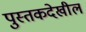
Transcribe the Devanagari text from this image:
पुस्तकदेखील